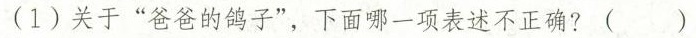
(1)关于“爸爸的鸽子”，下面哪一项表述不正确?( )